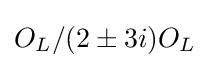
O_{L}/(2\pm 3i)O_{L}\